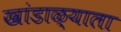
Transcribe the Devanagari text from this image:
खांडाळ्याला